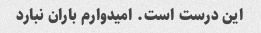
این درست است. امیدوارم باران نبارد